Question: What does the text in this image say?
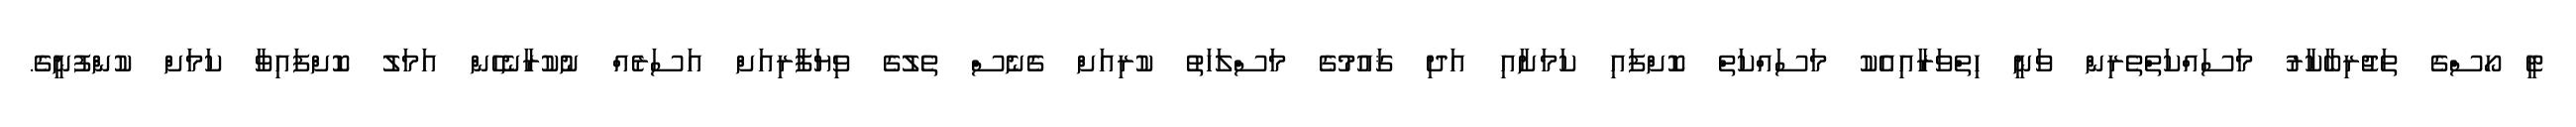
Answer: ޓީ ހޯސްގެ ތަޖުރިބާކާރު މަސައްކަތްތެރިން ވަނީ ހިތްވަރާއިއެކު މަސައްކަތް ކޮށްފައި ކަމަށާއި އަދި ޤައުމުގެ މަސްލަހަތު ކުރިއަށް ގެނެސް ތެލުގެ ވިޔަފާރިއަށް އަސަރެއް ނުކުރާނެހެން އަމަލު ކޮށްފައިވާ ކަމަށް ކުންފުނީގެ.